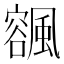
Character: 𩘨